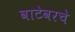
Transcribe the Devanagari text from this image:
वाटेवरचे